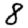
Digit: 8